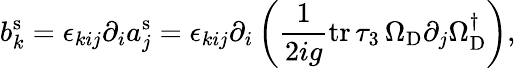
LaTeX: b_{k}^{\mathrm{s}}=\epsilon_{kij}\partial_{i}a_{j}^{\mathrm{s}}=\epsilon_{kij}\partial_{i}\left(\frac{1}{2ig}\mathrm{tr}\, \tau_{3}\, \Omega_{\mathrm{D}}\partial_{j}\Omega_{\mathrm{D}}^{\dagger}\right),